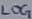
Text: LOG